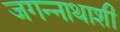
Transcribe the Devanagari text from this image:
जगन्नाथाशी